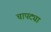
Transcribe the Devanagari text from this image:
चापट्या